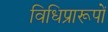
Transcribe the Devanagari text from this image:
विधिप्रारूपों